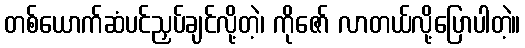
တစ်ယောက်ဆံပင်ညှပ်ချင်လို့တဲ့၊ ကိုဇော် လာတယ်လို့ပြောပါတဲ့။